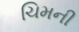
ચિમની